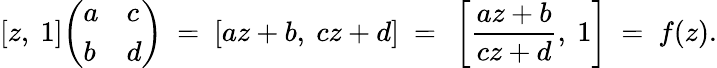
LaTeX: [z,\ 1]{\left(\begin{array}{ll}{a}&{c}\\ {b}&{d}\end{array}\right)}\ =\ [az+b,\ cz+d]\ =\ \left[{\frac{az+b}{cz+d}},\ 1\right]\ =\ f(z).